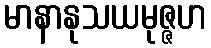
မာနာနုသယမုဇ္ဇဟ